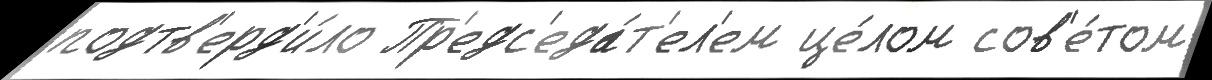
подтв'ерд'и́ло Пр'едс'еда́т'ел'ем це́лом сов'е́том